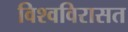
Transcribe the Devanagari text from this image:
विश्वविरासत